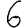
Digit: 6